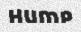
hump